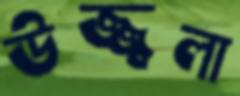
উজ্জ্বলা